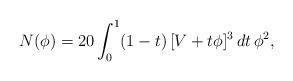
LaTeX: \begin{align*}N(\phi)=20\int_{0}^1(1-t)\,[V+t\phi]^3\,dt \,\phi^2,\end{align*}